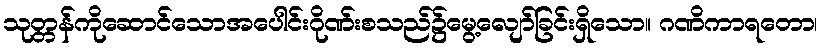
သုတ္တန်ကိုဆောင်သောအပေါင်းဂိုဏ်းစသည်၌မွေ့လျော်ခြင်းရှိသော။ ဂဏိကာရတော၊